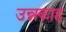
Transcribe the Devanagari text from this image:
उन्नकाह